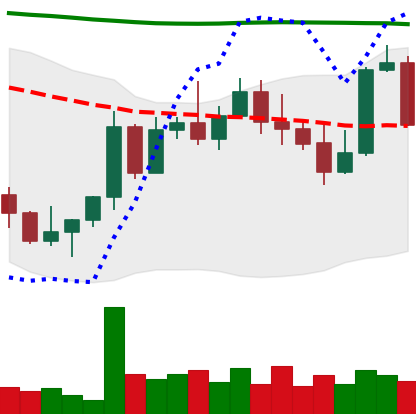
Ticker: NEO-USD
Chart end date: 2022-11-06
Forward return: -20.581%
Label: down_7plus